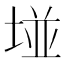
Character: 𡌶